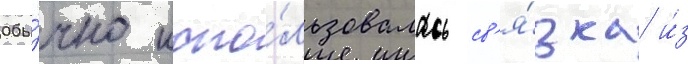
Обы́чно испо́льзовалась св'я́зка и́з